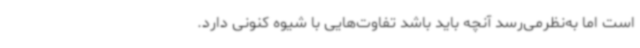
است اما به‌نظر‌می‌رسد آنچه باید باشد تفاوت‌هایی با شیوه کنونی دارد.